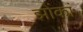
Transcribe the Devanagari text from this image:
झोंकां